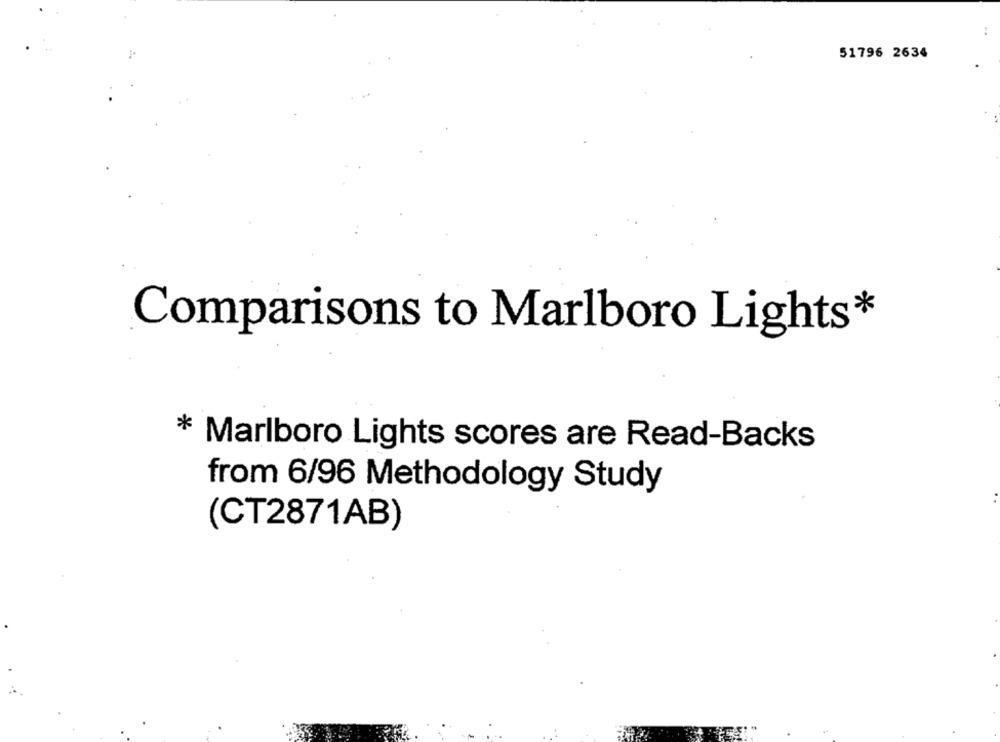
51796 2634
Comparisons to Marlboro Lights*
* Marlboro Lights scores are Read-Backs
from 6/96 Methodology Study
(CT2871AB)